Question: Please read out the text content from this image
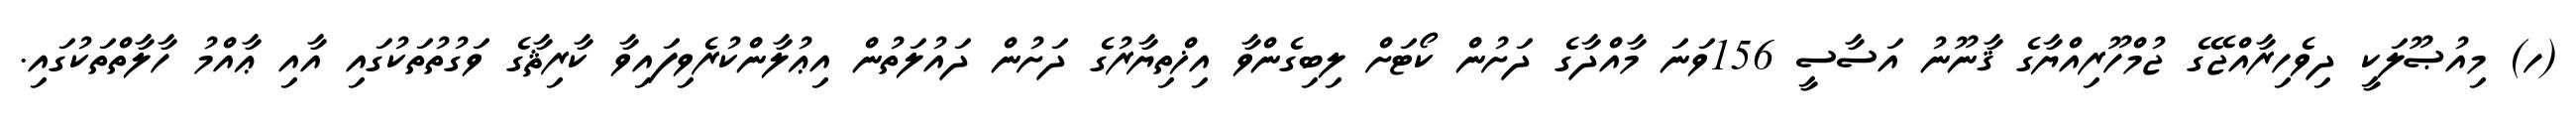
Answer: (ހ) މިއުޞޫލަކީ ދިވެހިރާއްޖޭގެ ޖުމްހޫރިއްޔާގެ ޤާނޫނު އަސާސީ 156ވަނަ މާއްދާގެ ދަށުން ކޯޓަށް ލިބިގެންވާ އިޚްތިޔާރުގެ ދަށުން ދައުލަތުން އިޢުލާންކުރެވިފައިވާ ކާރިޘާގެ ވަގުތުތަކުގައި އާއި ޢާއްމު ހާލާތްތަކުގައި.